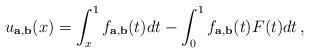
LaTeX: \begin{align*}u_{{\bf a}, {\bf b}}(x)=\int_x^1 f_{{\bf a}, {\bf b}}(t) dt - \int_0^1f_{{\bf a}, {\bf b}}(t) F(t) dt \, , \end{align*}